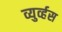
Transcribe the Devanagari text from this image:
व्युर्व्हस